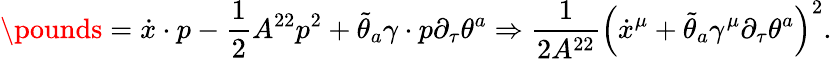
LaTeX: \pounds=\dot{x}\cdot p-\frac{1}{2}A^{22}p^{2}+\tilde{\theta}_{a}\gamma\cdot{p}\partial_{\tau}\theta^{a}\Rightarrow\frac{1}{2A^{22}}\left(\dot{x}^{\mu}+\tilde{\theta}_{a}\gamma^{\mu}\partial_{\tau}\theta^{a}\right)^{2}.